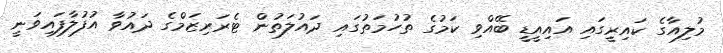
މުލިއާގެ ކައިރީގައި އައިއީޑީ ބޭއްވި ކަމުގެ ތުހުމަތުގައި ދައުލަތުން ޓެރަރިޒަމްގެ ދައުވާ އުފުލާފައިވަނީ